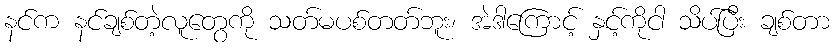
နင်က နင်ချစ်တဲ့လူတွေကို သတ်မပစ်တတ်ဘူး၊ အဲဒါကြောင့် နှင့်ကိုငါ သိပ်ပြီး ချစ်တာ